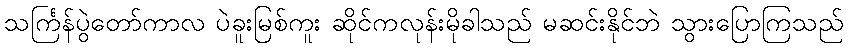
သင်္ကြန်ပွဲတော်ကာလ ပဲခူးမြစ်ကူး ဆိုင်ကလုန်းမိုခါသည် မဆင်းနိုင်ဘဲ သွားပြောကြသည်